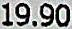
19.90